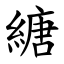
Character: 䌅